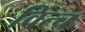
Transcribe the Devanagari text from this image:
वित्च